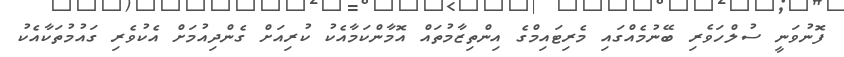
ފޮނުވަނީ ސުލްހަވެރި ބޭނުމެއްގައި މެރިޓައިމްގެ އިންތިޒާމުތައް އޮމާންކަމާއެކު ކުރިއަށް ގެންދިއުމަށް އެކުވެރި ގައުމުތަކާއެކު